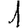
Digit: 1